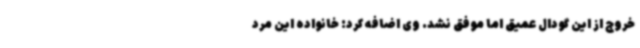
خروج از این گودال عمیق اما موفق نشد. وی اضافه کرد: خانواده این مرد